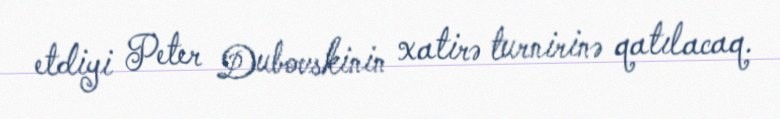
etdiyi Peter Dubovskinin xatirə turnirinə qatılacaq.